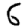
Digit: 6